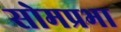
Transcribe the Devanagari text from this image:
सोमप्रभा